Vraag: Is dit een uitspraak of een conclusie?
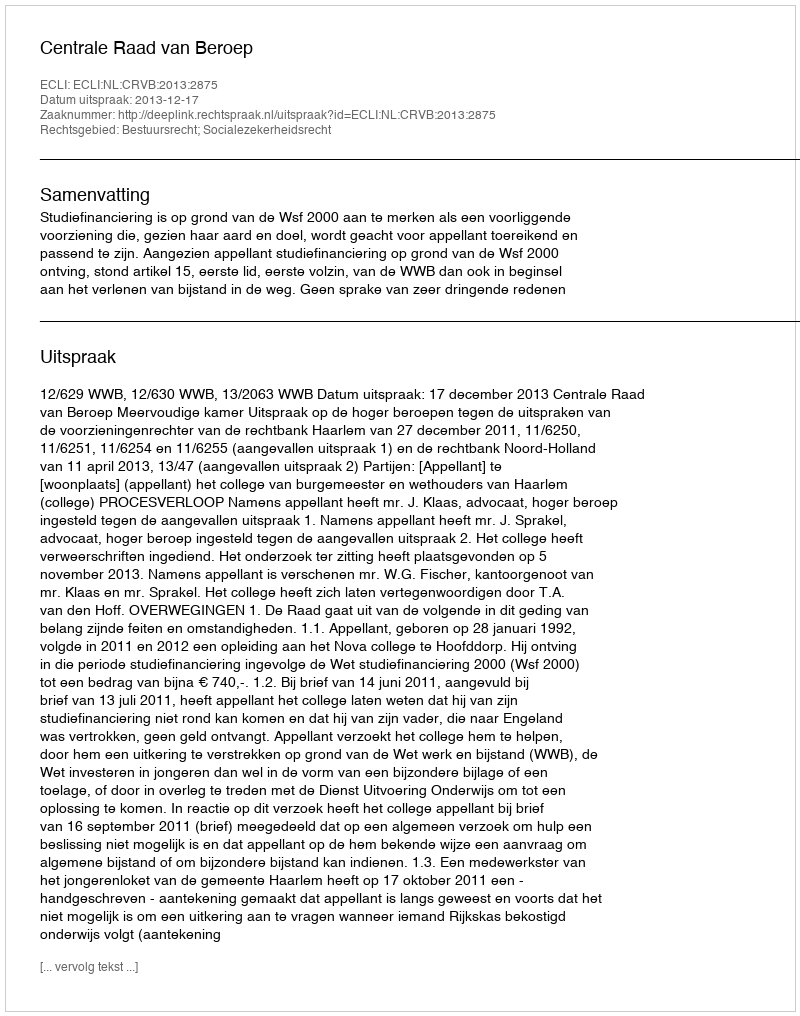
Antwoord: Uitspraak